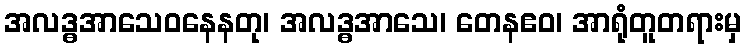
အလဒ္ဓအာသေဝနေနတု၊ အလဒ္ဓအာသေ၊ တေနဧဝ၊ အာရုံတူတရားမှ